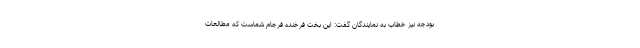
بودجه نیز خطاب به نمایندگان گفت: این بخت فرخنده فرجام شماست که مطالعات